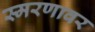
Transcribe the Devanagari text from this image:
स्मरणावर